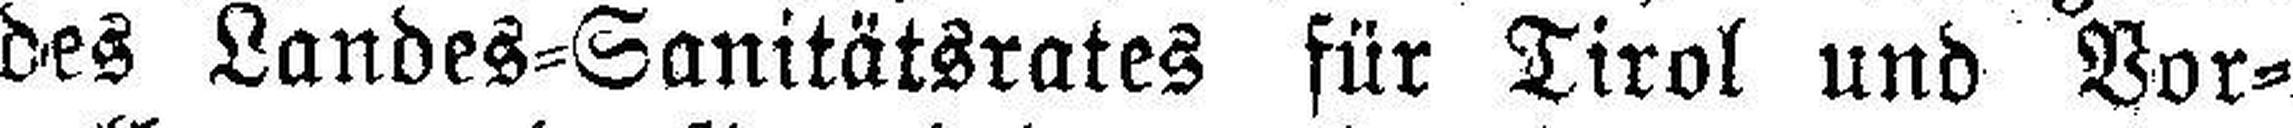
des Landes=Sanitätsrates für Tirol und Vor¬